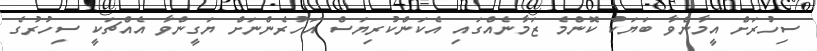
ސިހުރަށް އީމާންވާ ބަޔަކު ކޮންމެ ޒަމާނެއްގައި އެކަންކުރިޔަސް އަހުރެންނަށް ޔަގީންވާ އެއްޗަކީ ސިހުރުގެ